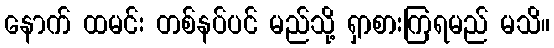
နောက် ထမင်း တစ်နပ်ပင် မည်သို့ ရှာစားကြရမည် မသိ။